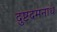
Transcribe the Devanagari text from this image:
दुष्टदमनाथ